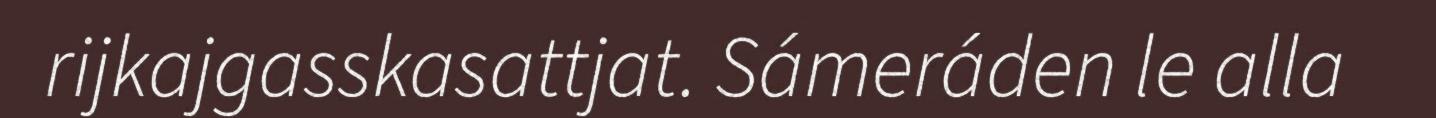
rijkajgasskasattjat. Sámeráden le alla